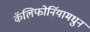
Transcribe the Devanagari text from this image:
कॅलिफोर्नियामधुन